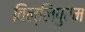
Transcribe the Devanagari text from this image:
विल्लिपुरम